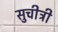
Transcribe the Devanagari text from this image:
सुचीत्री